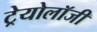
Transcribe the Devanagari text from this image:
ट्रेयोलॉजी